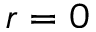
r = 0